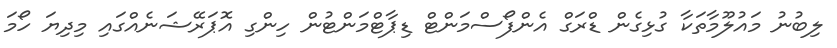
ލިބުނު މައުލޫމާތަކާ ގުޅިގެން ޑްރަގް އެންފޯސްމަންޓް ޑިޕާޓްމަންޓުން ހިންގި އޮޕަރޭޝަނެއްގައި މިދިޔަ ހޯމަ